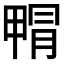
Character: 𭻝